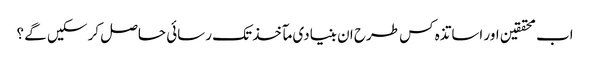
اب محققین اور اساتذہ کس طرح ان بنیادی مآخذ تک رسائی حاصل کر سکیں گے ؟